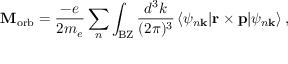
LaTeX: \mathbf { M } _ { \mathrm { { o r b } } } = { \frac { - e } { 2 m _ { e } } } \sum _ { n } \int _ { \mathrm { { B Z } } } { \frac { d ^ { 3 } k } { ( 2 \pi ) ^ { 3 } } } \, \langle \psi _ { n \mathbf { k } } \vert \mathbf { r } \times \mathbf { p } \vert \psi _ { n \mathbf { k } } \rangle \, ,